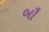
બૌ